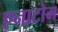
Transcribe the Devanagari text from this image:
एनाटोम